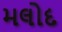
મલોદ